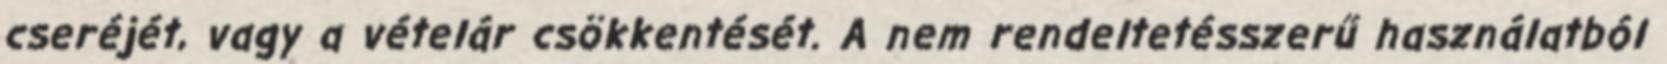
cseréjét, vagy a vételár csökkentését. A nem rendeltetésszerű használatból